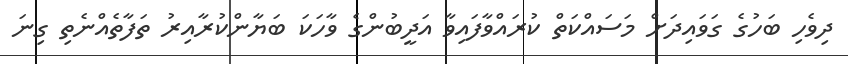
ދިވެހި ބަހުގެ ގަވައިދަށް މަސައްކަތް ކުރައްވާފައިވާ އަދީބުންގެ ވާހަކަ ބަޔާންކުރާއިރު ތަފާތެއްނެތި ގިނަ